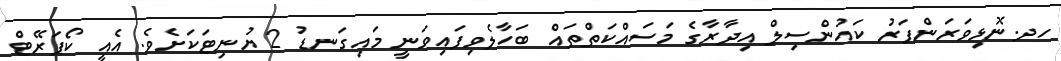
ހދ.ނޮޅިވަރަންފަރު ކައުންސިލް އިދާރާގެ މަސައްކަތްތައް ބަހާލެވިފައިވަނީ މައިގަނޑު 2 ޔުނިޓަކަށެވެ. އެއީ ކޯޕަރޭޓް